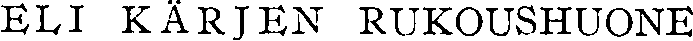
ELI KARJEN RUKOUSHUONE